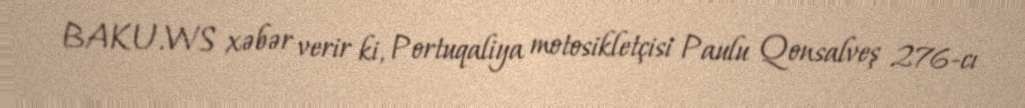
BAKU.WS xəbər verir ki, Portuqaliya motosikletçisi Paulu Qonsalveş 276-cı